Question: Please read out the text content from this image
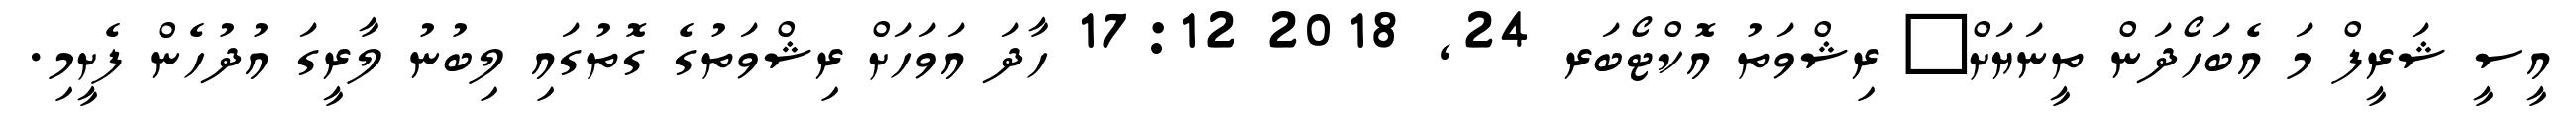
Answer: އީސީ ޝަރީފް މަ އެބަހޯދަން ތީނަޔަށް? ރިޝްވަތު އޮކްޓޯބަރ 24, 2018 17:12 ހާދަ އަވަހަށް ރިޝްވަތުގެ ގޮތުގައި ލިބުނު ލާރީގަ އުދުހެން ފެށީމި.